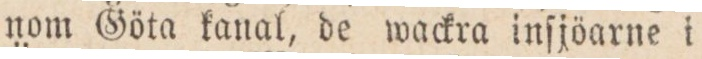
nom Göta kanal, de wackra inſjöarne i